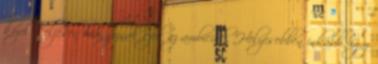
közel teljesen hiányoznak ezek az ambíciók. Helyesebben inkább úgy